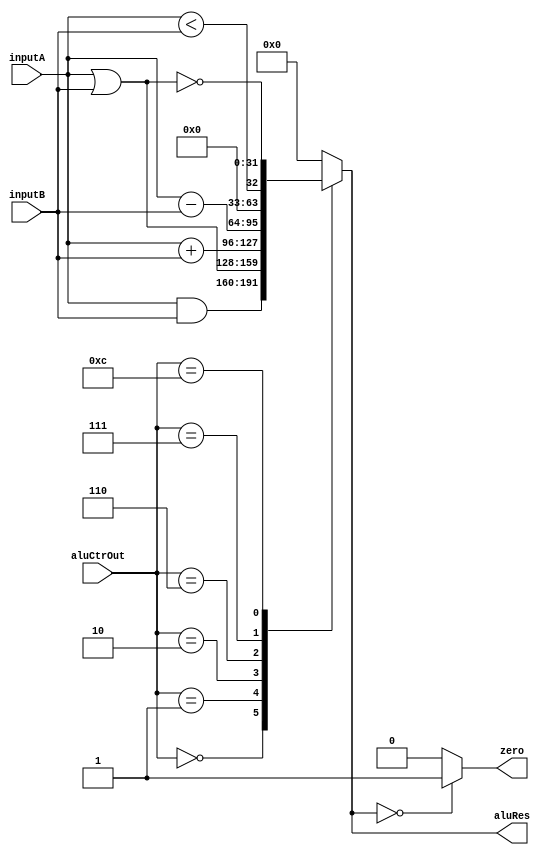
`timescale 1ns / 1ps
//////////////////////////////////////////////////////////////////////////////////
// Company: 
// Engineer: 
// 
// Design Name: 
// Module Name: ALU
// Project Name: 
// Target Devices: 
// Tool Versions: 
// Description: 
// 
// Dependencies: 
// 
// Revision:
// Revision 0.01 - File Created
// Additional Comments:
// 
//////////////////////////////////////////////////////////////////////////////////


module ALU(
    input [31 : 0] inputA,
    input [31 : 0] inputB,
    input [3 : 0] aluCtrOut,
    output zero,
    output [31 : 0] aluRes
    );
    
    reg Zero;
    reg [31 : 0] ALURes;
    
    always @ (inputA or inputB or aluCtrOut)
    begin
        case (aluCtrOut)
            4'b0000:    // and
                ALURes = inputA & inputB;
            4'b0001:    // or
                ALURes = inputA | inputB;
            4'b0010:    // add
                ALURes = inputA + inputB;
            4'b0110:    // sub
                ALURes = inputA - inputB;
            4'b0111:    // set on less than
                ALURes = ($signed(inputA) < $signed(inputB));
            4'b1100:    // nor
                ALURes = ~(inputA | inputB);
            default:
                ALURes = 0;
        endcase
        if (ALURes == 0)
            Zero = 1;
        else 
            Zero = 0;
    end
    
    assign zero = Zero;
    assign aluRes = ALURes;
endmodule